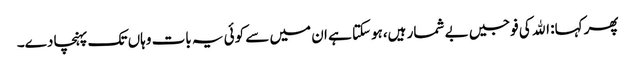
پھر کہا: اﷲ کی فوجیں بے شمار ہیں،ہوسکتا ہے ان میں سے کوئی یہ بات وہاں تک پہنچا دے۔